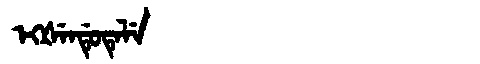
Manchu: ᡝᡴᡧᡝᠨᡩᡠᡨᡝᠯᡝ
Romanization: EKŠENDUTELE